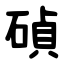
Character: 碵